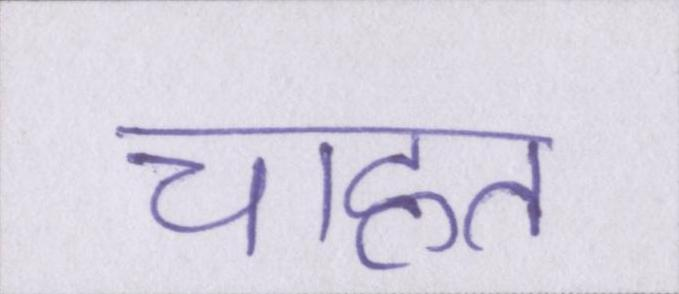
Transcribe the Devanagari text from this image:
चाहत